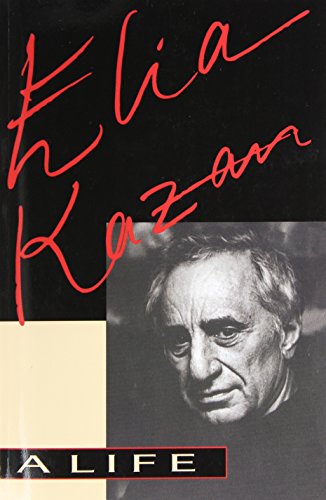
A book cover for Elia Kazan: A Life; Elia Kazan; Humor & Entertainment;